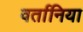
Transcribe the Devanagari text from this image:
वर्तानिया